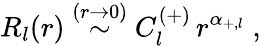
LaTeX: R_{l}(r)\stackrel{(r\rightarrow 0)}{\sim}C_{l}^{(+)}\, r^{\alpha_{+,l}}\; ,